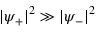
| \psi _ { + } | ^ { 2 } \gg | \psi _ { - } | ^ { 2 }